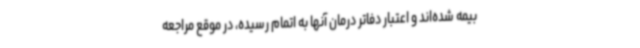
بیمه شده‌اند و اعتبار دفاتر درمان آنها به اتمام رسیده، در موقع مراجعه